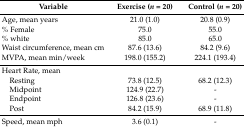
| Variable | Exercise (n = 20) | Control (n = 20) |
 | --- | --- | --- |
 | Age, mean years | 21.0 (1.0) | 20.8 (0.9) |
 | % Female | 75.0 | 55.0 |
 | % white | 85.0 | 65.0 |
 | Waist circumference, mean cm | 87.6 (13.6) | 84.2 (9.6) |
 | MVPA, mean min/week | 198.0 (155.2) | 224.1 (193.4) |
 | Heart Rate, mean |  |  |
 | Resting | 73.8 (12.5) | 68.2 (12.3) |
 | Midpoint | 124.9 (22.7) | - |
 | Endpoint | 126.8 (23.6) | - |
 | Post | 84.2 (15.9) | 68.9 (11.8) |
 | Speed, mean mph | 3.6 (0.1) | - |